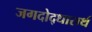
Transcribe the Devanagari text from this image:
जगदोद्धारार्थ